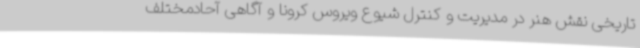
تاریخی نقش هنر در مدیریت و کنترل شیوع ویروس کرونا و آگاهی آحادمختلف